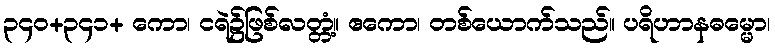
၃၄၀+၃၄၁+ ကော၊ ငရဲ၌ဖြစ်လတ္တံ့။ ဧကော၊ တစ်ယောက်သည်။ ပရိဟာနဓမ္မော၊